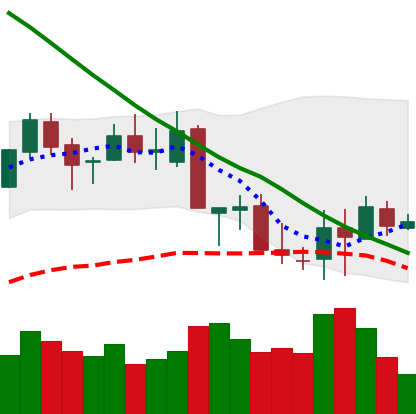
Ticker: XLM-USD
Chart end date: 2018-09-15
Forward return: 14.121%
Label: up_7plus